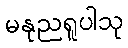
မနုညရူပါသု